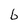
Character: b